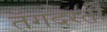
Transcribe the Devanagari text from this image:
तंगदस्ती